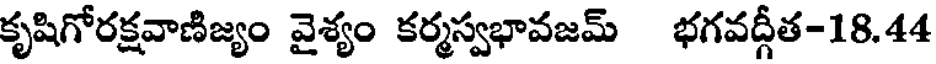
కృషిగోరక్షవాణిజ్యం వైశ్యం కర్మస్వభావజమ్ భగవద్గీత-18.44